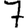
Digit: 7